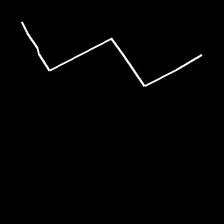
Glyph: crush